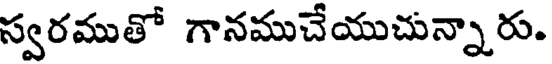
స్వరముతో గానముచేయుచున్నారు.